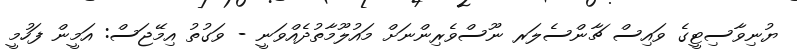
ޔުނިވާސިޓީގެ ވައިސް ޗާންސެލަރ ނޫސްވެރިންނަށް މައުލޫމާތުދެއްވަނީ - ވަގުތު އިމޭޖަސް: އަމީން ފަހުމީ